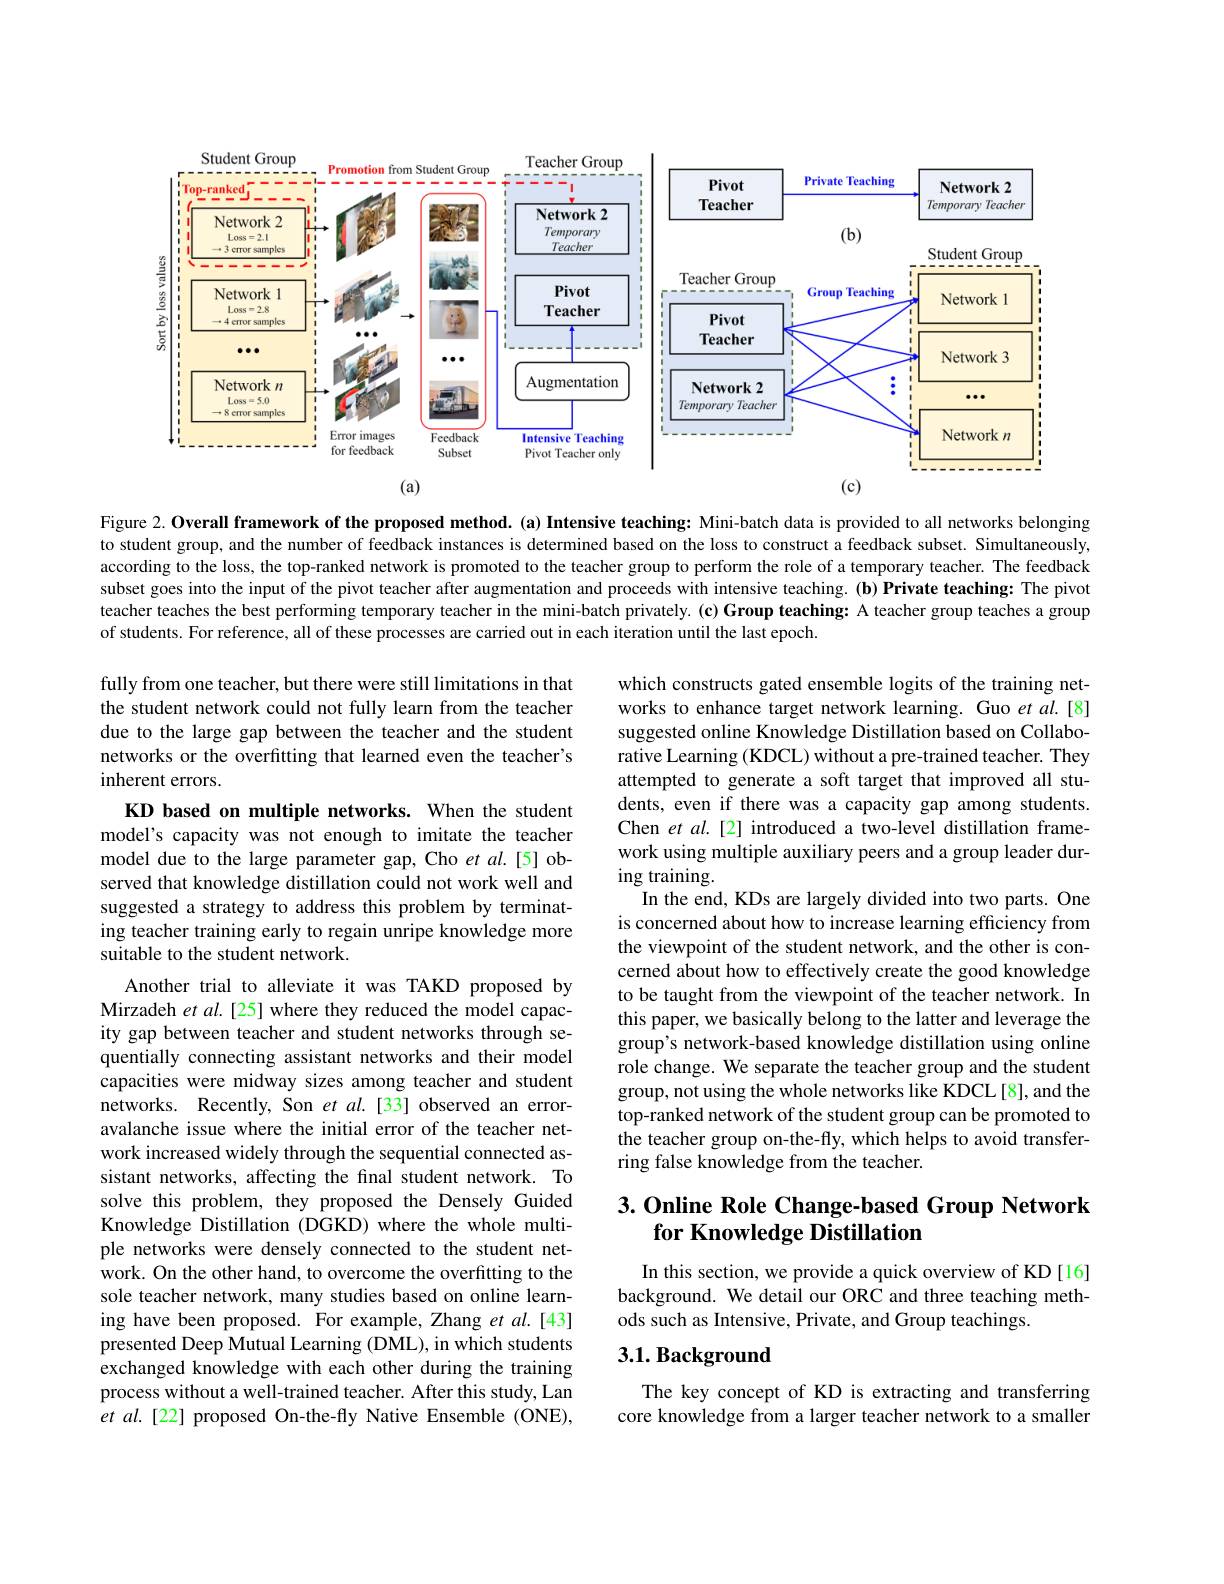
<FigureHere>

Figure 2. Overall framework of the proposed method. (a) Intensive teaching: Mini-batch data is provided to all networks belonging to student group, and the number of feedback instances is determined based on the loss to construct a feedback subset. Simultaneously, according to the loss, the top-ranked network is promoted to the teacher group to perform the role of a temporary teacher. The feedback subset goes into the input of the pivot teacher after augmentation and proceeds with intensive teaching. (b) Private teaching: The pivot teacher teaches the best performing temporary teacher in the mini-batch privately.(c) Group teaching: A teacher group teaches a group of students. For reference, all of these processes are carried out in each iteration until the last epoch.

fully from one teacher, but there were still limitations in that the student network could not fully learn from the teacher due to the large gap between the teacher and the student networks or the overfitting that learned even the teacher's inherent errors.

model's capacity was not enough to imitate the teacher model due to the large parameter gap, Cho et al.[5] observed that knowledge distillation could not work well and suggested a strategy to address this problem by terminating teacher training early to regain unripe knowledge more suitable to the student network.

which constructs gated ensemble logits of the training networks to enhance target network learning. Guo et al.[8] suggested online Knowledge Distillation based on Collaborative Learning (KDCL) without a pre-trained teacher. They attempted to generate a soft target that improved all students, even if there was a capacity gap among students. Chen $etal.[2]$ introduced a two-level distillation framework using multiple auxiliary peers and a group leader during training.
In the end, KDs are largely divided into two parts. One is concerned about how to increase learning efficiency from the viewpoint of the student network, and the other is concerned about how to effectively create the good knowledge to be taught from the viewpoint of the teacher network. In this paper, we basically belong to the latter and leverage the group's network-based knowledge distillation using online role change. We separate the teacher group and the student group, not using the whole networks like KDCL[8], and the top-ranked network of the student group can be promoted to the teacher group on-the-fly, which helps to avoid transferring false knowledge from the teacher.

KD based on multiple networks. When the student Another trial to alleviate it was TAKD proposed by
Mirzadeh et $al.$ [25] where they reduced the model capacity gap between teacher and student networks through sequentially connecting assistant networks and their model capacities were midway sizes among teacher and student networks. Recently, Son $etal.[33]$ observed an erroravalanche issue where the initial error of the teacher network increased widely through the sequential connected assistant networks, affecting the final student network. To solve this problem, they proposed the Densely Guided Knowledge Distillation (DGKD) where the whole multiple networks were densely connected to the student network. On the other hand, to overcome the overfitting to the sole teacher network, many studies based on online learning have been proposed. For example, Zhang et al.[43] presented Deep Mutual Learning (DML), in which students exchanged knowledge with each other during the training process without a well-trained teacher. After this study, Lan et al.[22] proposed On-the-fly Native Ensemble (ONE),

# 3. Online Role Change-based Group Network $\textbf{for Knowledge Distillation}$

In this section, we provide a quick overview of KD [16] background. We detail our ORC and three teaching methods such as Intensive, Private, and Group teachings.

# $3. 1. \textbf{Background}$

The key concept of KD is extracting and transferring core knowledge from a larger teacher network to a smaller